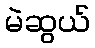
မဲဆွယ်